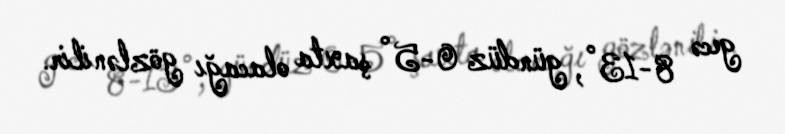
gecə 8-13°, gündüz 0-5° şaxta olacağı gözlənilir.